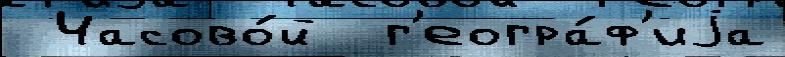
 Часово́й  г'еогра́ф'иjа